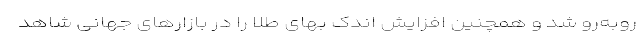
روبه‌رو شد و همچنین افزایش اندک بهای طلا را در بازارهای جهانی شاهد